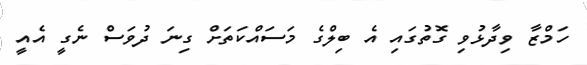
ހަމްޒާ ވިދާޅުވި ގޮތުގައި އެ ބިލްގެ މަސައްކަތަށް ގިނަ ދުވަސް ނެގީ އެއީ